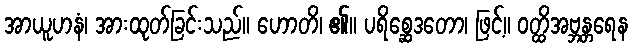
အာယူဟနံ၊ အားထုတ်ခြင်းသည်။ ဟောတိ၊ ၏။ ပရိစ္ဆေဒတော၊ ဖြင့်။ ဝတ္ထိအဗ္ဘန္တရေန